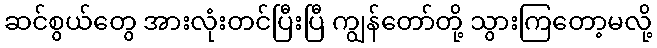
ဆင်စွယ်တွေ အားလုံးတင်ပြီးပြီ ကျွန်တော်တို့ သွားကြတော့မလို့